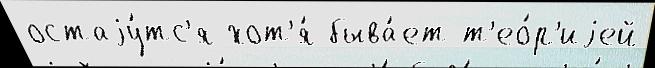
остаjу́тс'я хот'я́ быва́ет т'ео́р'иjей